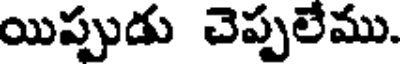
యిప్పుడు చెప్పలేము.